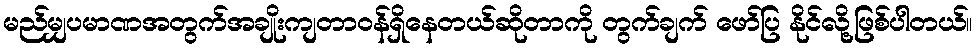
မည်မျှပမာဏအတွက်အချိုးကျတာဝန်ရှိနေတယ်ဆိုတာကို တွက်ချက် ဖော်ပြ နိုင်လို့ဖြစ်ပါတယ်။